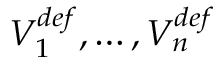
V _ { 1 } ^ { d e f } , \ldots , V _ { n } ^ { d e f }